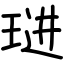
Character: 琎